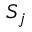
S _ { j }